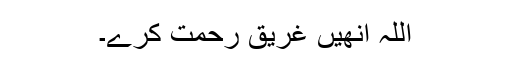
اللہ انھیں غریق رحمت کرے۔